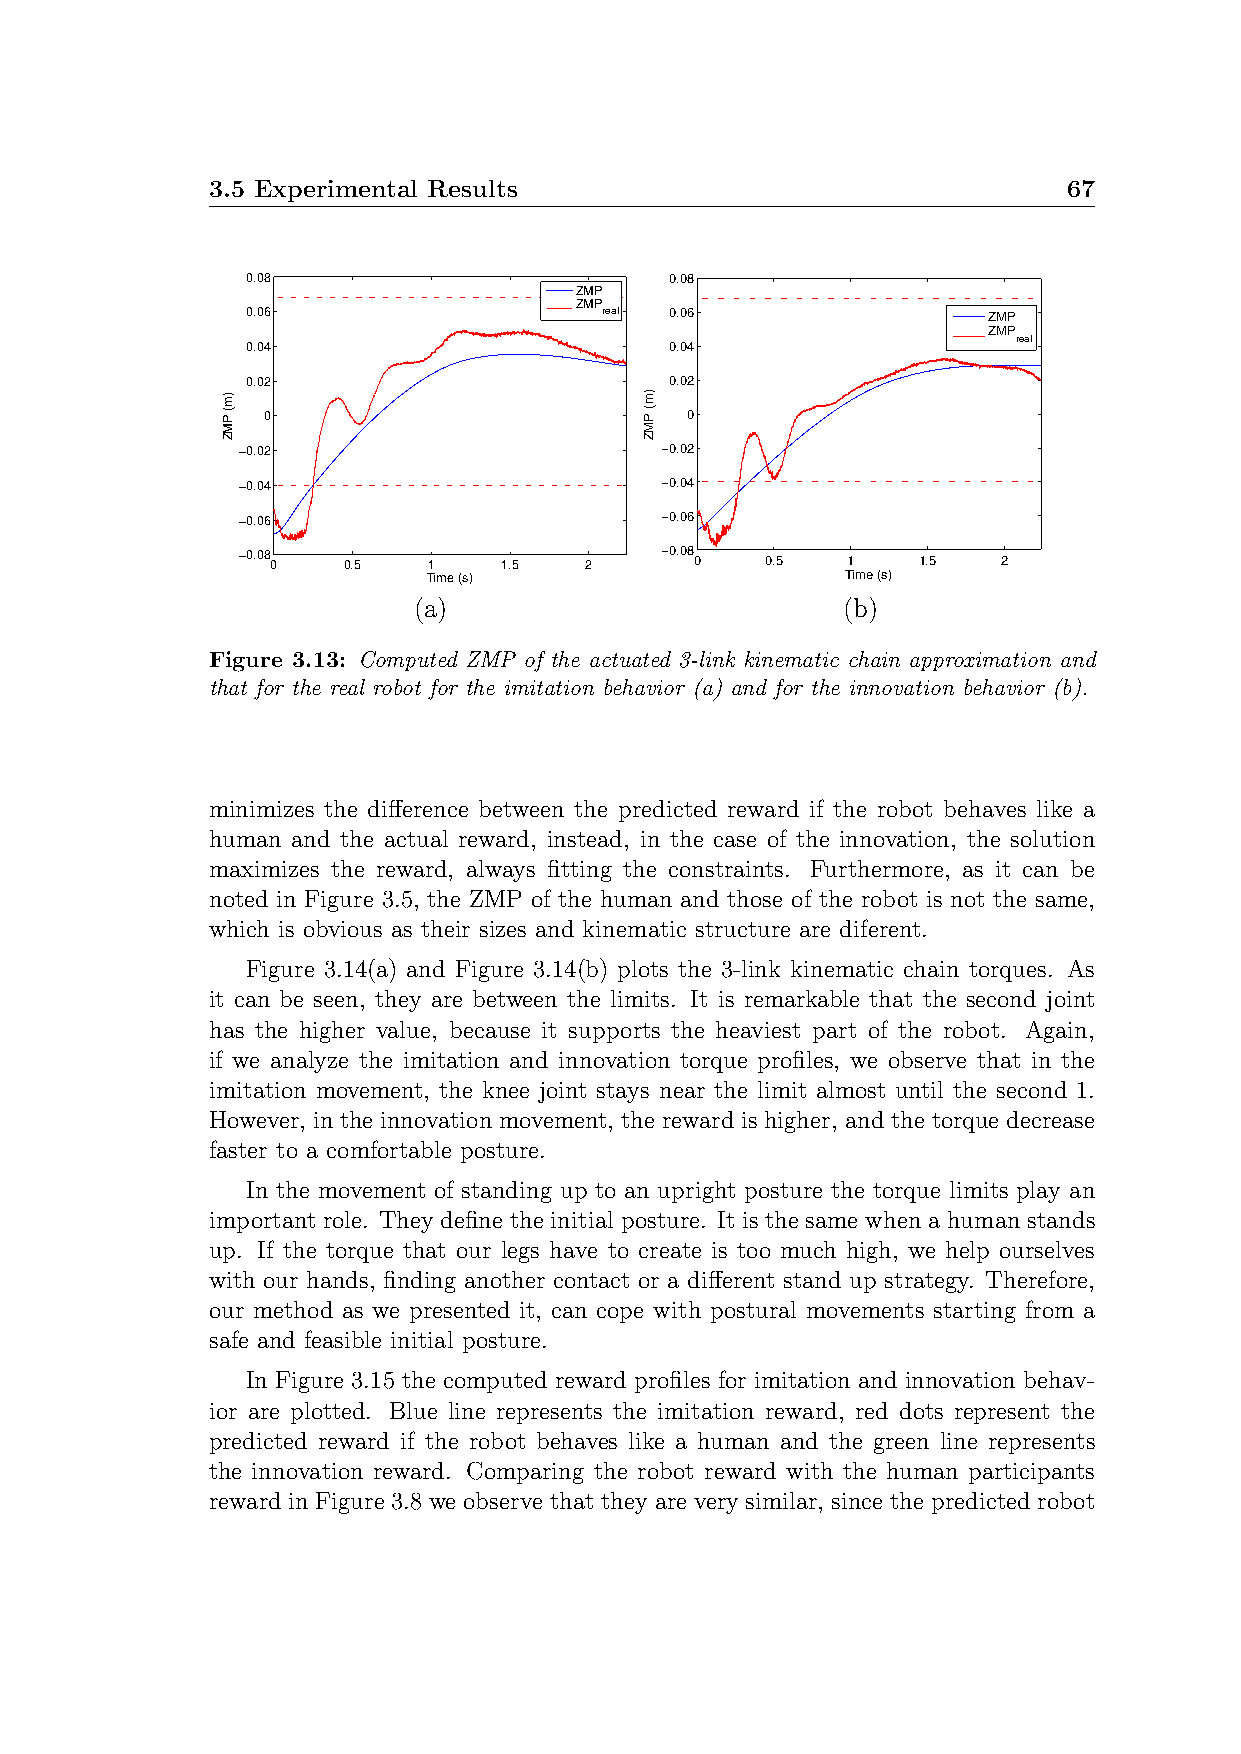
3.5 Experimental Results                                 67
 0.08                        0.08
 ZMP
 ZMP
 0.06                    real 0.06                ZMP
 ZMP
 real
 0.04                        0.04
 0.02                        0.02
 0                           0
 −0.02                       −0.02
 −0.04                       −0.04
 −0.06                       −0.06
 −0.08 0 0.5 1    1.5   2    −0.08 0 0.5 1    1.5  2
 Time (s)                    Time (s)
 (a)                          (b)
 Figure 3.13: Computed ZMP of the actuated 3-link kinematic chain approximation and
 that for the real robot for the imitation behavior (a) and for the innovation behavior (b).
 minimizes the difference between the predicted reward if the robot behaves like a
 human and the actual reward, instead, in the case of the innovation, the solution
 maximizes the reward, always fitting the constraints. Furthermore, as it can be
 noted in Figure 3.5, the ZMP of the human and those of the robot is not the same,
 which is obvious as their sizes and kinematic structure are diferent.
 Figure 3.14(a) and Figure 3.14(b) plots the 3-link kinematic chain torques. As
 it can be seen, they are between the limits. It is remarkable that the second joint
 has the higher value, because it supports the heaviest part of the robot. Again,
 if we analyze the imitation and innovation torque profiles, we observe that in the
 imitation movement, the knee joint stays near the limit almost until the second 1.
 However, in the innovation movement, the reward is higher, and the torque decrease
 faster to a comfortable posture.
 In the movement of standing up to an upright posture the torque limits play an
 important role. They define the initial posture. It is the same when a human stands
 up. If the torque that our legs have to create is too much high, we help ourselves
 with our hands, finding another contact or a different stand up strategy. Therefore,
 our method as we presented it, can cope with postural movements starting from a
 safe and feasible initial posture.
 In Figure 3.15 the computed reward profiles for imitation and innovation behav-
 ior are plotted. Blue line represents the imitation reward, red dots represent the
 predicted reward if the robot behaves like a human and the green line represents
 the innovation reward. Comparing the robot reward with the human participants
 reward in Figure 3.8 we observe that they are very similar, since the predicted robot
 )m(
 PMZ
 )m(
 PMZ